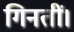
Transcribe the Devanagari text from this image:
गिनतीं।